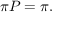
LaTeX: { \boldsymbol { \pi } } P = { \boldsymbol { \pi } } .